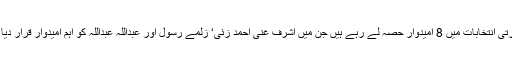
افغان صدارتی انتخابات میں 8 امیدوار حصہ لے رہے ہیں جن میں اشرف غنی احمد زئی‘ زلمے رسول اور عبداللہ عبداللہ کو اہم امیدوار قرار دیا جارہا ہے۔